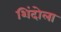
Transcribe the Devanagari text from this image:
शिंदोला